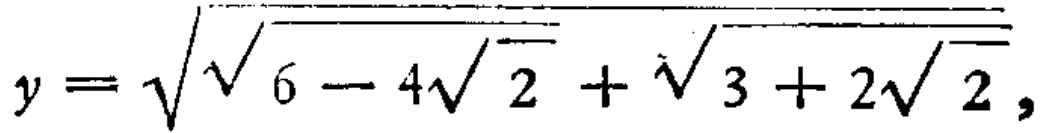
$y = \sqrt{\sqrt{6 - 4\sqrt{2}}+\sqrt{3 + 2\sqrt{2}}}$